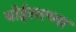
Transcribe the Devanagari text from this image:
बोईसरच्या